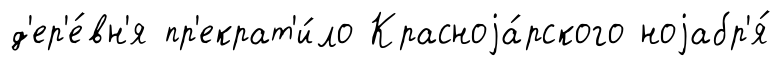
д'ер'е́вн'я пр'екрат'и́ло Красноjа́рского ноjабр'я́